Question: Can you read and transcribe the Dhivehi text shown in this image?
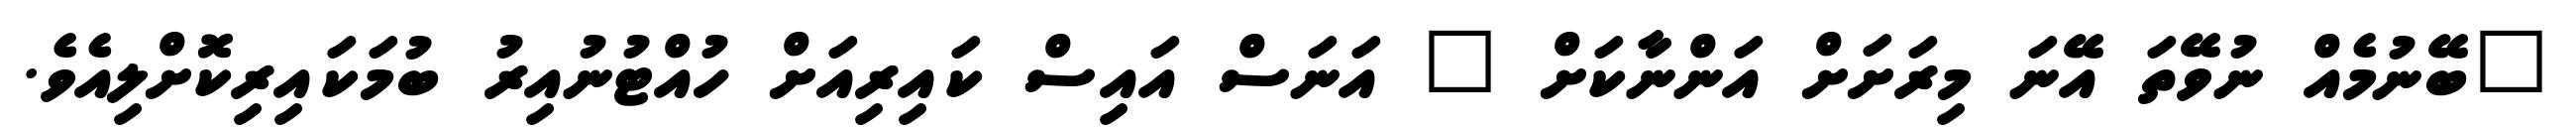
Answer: "ބޭނުމެއް ނުވޭތަ އޭނަ މިރަށަށް އަންނާކަށް " އަނަސް އައިސް ކައިރިއަށް ހުއްޓުނުއިރު ބުމަކައިރިކޮށްލިއެވެ.